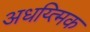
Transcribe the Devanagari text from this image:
अधय्त्मिक